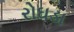
રોઘડા